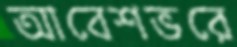
আবেশভরে